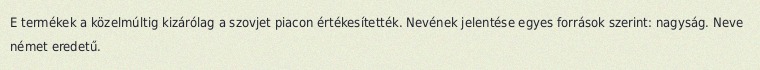
E termékek a közelmúltig kizárólag a szovjet piacon értékesítették. Nevének jelentése egyes források szerint: nagyság. Neve német eredetű.